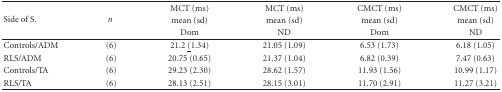
<table><thead><tr><td rowspan="3"><b>Side of S.</b></td><td rowspan="3"><b><i>n </i></b></td><td><b>MCT (ms)</b></td><td><b>MCT (ms)</b></td><td><b>CMCT (ms)</b></td><td><b>CMCT (ms)</b></td></tr><tr><td><b>mean (sd)</b></td><td><b>mean (sd)</b></td><td><b>mean (sd)</b></td><td><b>mean (sd)</b></td></tr><tr><td><b>Dom</b></td><td><b>ND</b></td><td><b>Dom</b></td><td><b>ND</b></td></tr></thead><tbody><tr><td>Controls/ADM</td><td>(6)</td><td>21.2 <underline>(</underline>1.34)</td><td>21.05 (1.09)</td><td>6.53 (1.73)</td><td>6.18 (1.05)</td></tr><tr><td>RLS/ADM</td><td>(6)</td><td>20.75 (0.65)</td><td>21.37 (1.04)</td><td>6.82 (0.39)</td><td>7.47 (0.63)</td></tr><tr><td>Controls/TA</td><td>(6)</td><td>29.23 (2.30)</td><td>28.62 (1.57)</td><td>11.93 (1.56)</td><td>10.99 (1.17)</td></tr><tr><td>RLS/TA</td><td>(6)</td><td>28.13 (2.51)</td><td>28.15 (3.01)</td><td>11.70 (2.91)</td><td>11.27 (3.21)</td></tr></tbody></table>